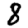
Digit: 8